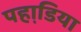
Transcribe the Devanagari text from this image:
पहाडि़या